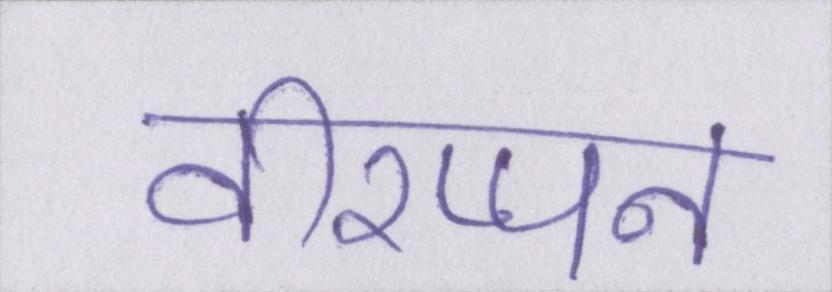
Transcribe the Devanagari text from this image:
वीरप्पन